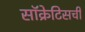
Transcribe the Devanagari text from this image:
सॉक्रेटिसची